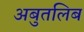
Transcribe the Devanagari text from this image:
अबुतलिब